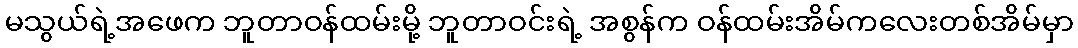
မသွယ်ရဲ့အဖေက ဘူတာဝန်ထမ်းမို့ ဘူတာဝင်းရဲ့ အစွန်က ဝန်ထမ်းအိမ်ကလေးတစ်အိမ်မှာ